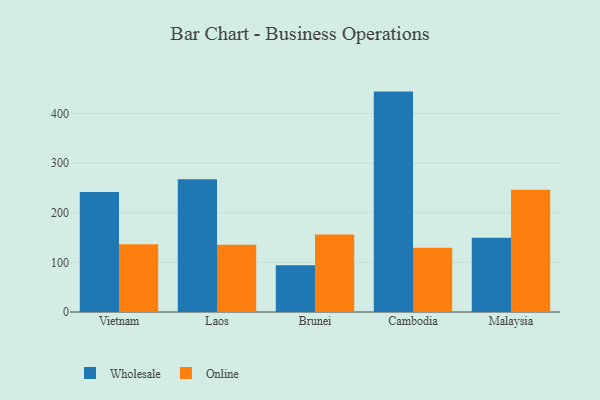
{"axis": {"x": "Country", "y": "Population (Million)"}, "legend": ["Online", "Wholesale"], "data": [{"x": "Vietnam", "y": 242.1, "type": "Wholesale"}, {"x": "Vietnam", "y": 136.4, "type": "Online"}, {"x": "Laos", "y": 267.5, "type": "Wholesale"}, {"x": "Laos", "y": 135.4, "type": "Online"}, {"x": "Brunei", "y": 94.2, "type": "Wholesale"}, {"x": "Brunei", "y": 156.2, "type": "Online"}, {"x": "Cambodia", "y": 444.2, "type": "Wholesale"}, {"x": "Cambodia", "y": 129.5, "type": "Online"}, {"x": "Malaysia", "y": 149.6, "type": "Wholesale"}, {"x": "Malaysia", "y": 246.3, "type": "Online"}]}